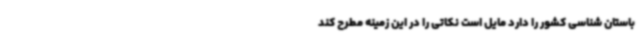
باستان شناسی کشور را دارد مایل است نکاتی را در این زمینه مطرح کند